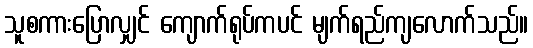
သူစကားပြောလျှင် ကျောက်ရုပ်ကပင် မျက်ရည်ကျလောက်သည်။